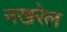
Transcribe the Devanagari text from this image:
नखरेल